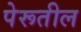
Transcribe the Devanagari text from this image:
पेरूतील